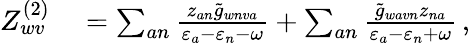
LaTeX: \begin{array}{rl}{Z_{wv}^{(2)}}&{{}=\sum_{an}\frac{z_{an}\tilde{g}_{wnva}}{\varepsilon_{a}-\varepsilon_{n}-\omega}+\sum_{an}\frac{\tilde{g}_{wavn}z_{na}}{\varepsilon_{a}-\varepsilon_{n}+\omega}\, ,}\end{array}